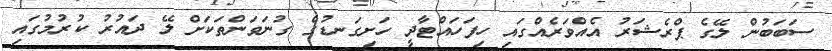
ސަބަބުން ލޭގެ ޕްރެޝަރު އެއްވަރެއްގައި ހިފަހައްޓާދީ ހަށިގަނޑުގެ ގުނަވަންތަކަށް ލޭ ދައުރު ކުރުމުގައި